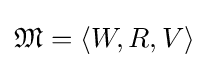
{\mathfrak {M}}=\langle W,R,V\rangle